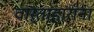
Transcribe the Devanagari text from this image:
वार्ताहारांना